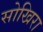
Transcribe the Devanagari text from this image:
सोखिरा